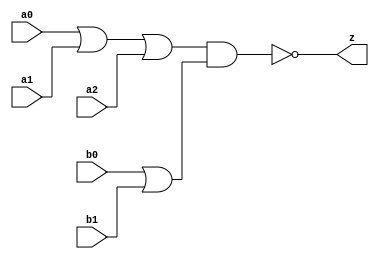
//#############################################################################
//# Function: Or-And-Inverter (oai32) Gate                                    #
//# Copyright: OH Project Authors. ALl rights Reserved.                       #
//# License:  MIT (see LICENSE file in OH repository)                         # 
//#############################################################################

module oh_oai32 #(parameter DW = 1 ) // array width
   (
    input [DW-1:0]  a0,
    input [DW-1:0]  a1,
    input [DW-1:0]  a2,
    input [DW-1:0]  b0,
    input [DW-1:0]  b1, 
    output [DW-1:0] z
    );
   
   assign z = ~((a0 | a1 | a2) & (b0 | b1));
   
endmodule